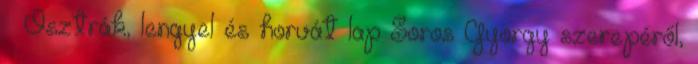
– Osztrák, lengyel és horvát lap Soros György szerepéről,